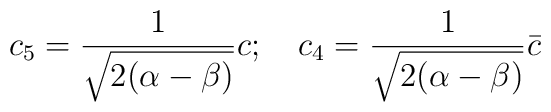
c_5= \frac{ 1}{\sqrt{2(\alpha -\beta)}} c;\ \ \  c_4 = \frac{1}{\sqrt{2(\alpha -\beta)}} \bar{c}